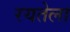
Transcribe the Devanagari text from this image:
रयतेला